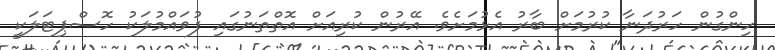
ހިންގުން ހަރުދަނާ ކުރުމަށް ބާރު އެޅުމަށެވެ. އޭރުން ކުރިއަށް އޮތްތަނުގައި ފުވައްމުލަކު ހޮސްޕިޓަލަކީ